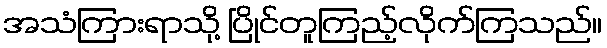
အသံကြားရာသို့ ပြိုင်တူကြည့်လိုက်ကြသည်။